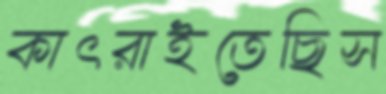
কাৎরাইতেছিস